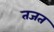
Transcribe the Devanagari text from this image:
तजत